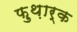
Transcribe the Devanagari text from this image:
फ़ुथ़ार्क